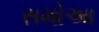
સમોઆ